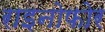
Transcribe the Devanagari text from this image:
राइनोफोर